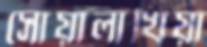
সোয়ালাখিয়া